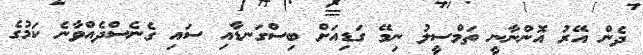
ދެން އޭރު އޮންނާނީ ތަމްސީލު ނިމޭ ގަޑިއަށް ބިސްގަނޑާއި ސައި ގެނެސްދެއްވާނެ ކަމުގެ